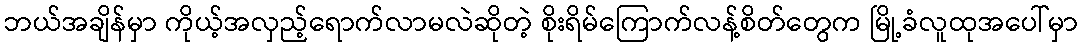
ဘယ်အချိန်မှာ ကိုယ့်အလှည့်ရောက်လာမလဲဆိုတဲ့ စိုးရိမ်ကြောက်လန့်စိတ်တွေက မြို့ခံလူထုအပေါ်မှာ